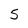
Character: 5